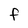
Character: F